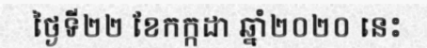
ថ្ងៃទី២២ ខែកក្កដា ឆ្នាំ២០២០ នេះ